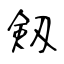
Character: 剱